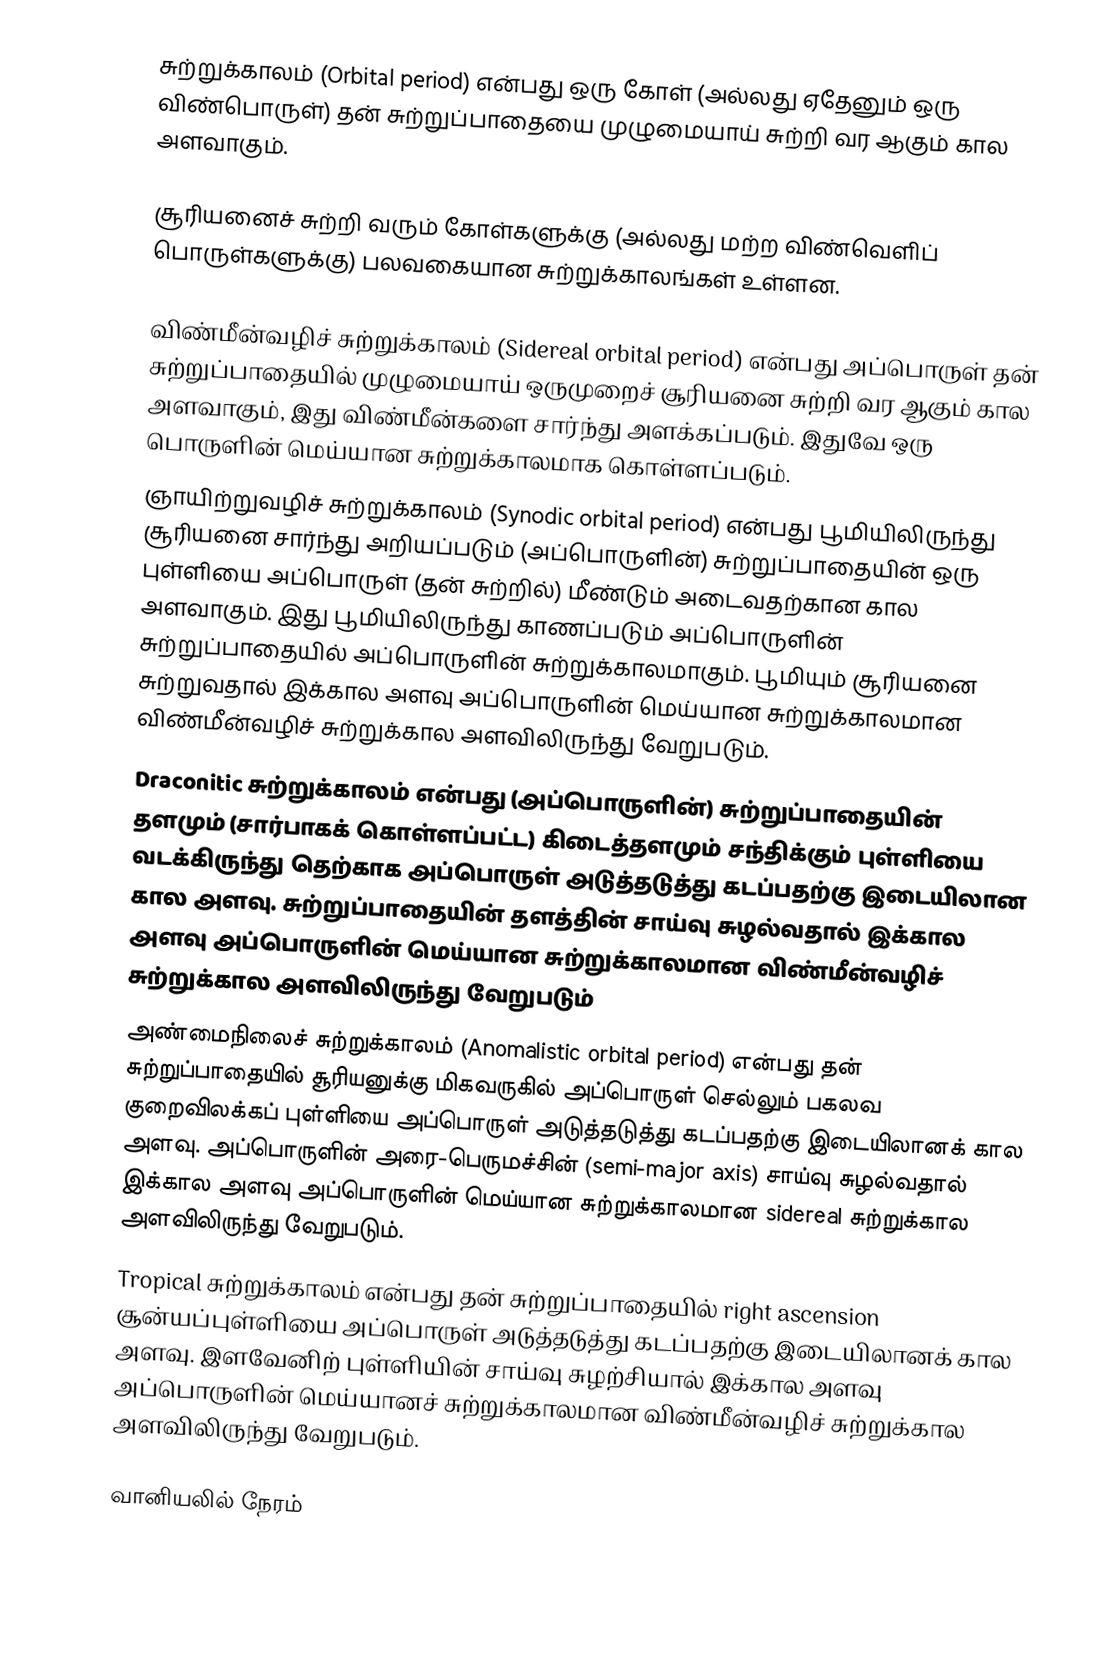
சுற்றுக்காலம் (Orbital period) என்பது ஒரு கோள் (அல்லது ஏதேனும் ஒரு விண்பொருள்) தன் சுற்றுப்பாதையை முழுமையாய் சுற்றி வர ஆகும் கால அளவாகும்.

சூரியனைச் சுற்றி வரும் கோள்களுக்கு (அல்லது மற்ற விண்வெளிப் பொருள்களுக்கு) பலவகையான சுற்றுக்காலங்கள் உள்ளன.

 விண்மீன்வழிச் சுற்றுக்காலம் (Sidereal orbital period) என்பது அப்பொருள் தன் சுற்றுப்பாதையில் முழுமையாய் ஒருமுறைச் சூரியனை சுற்றி வர ஆகும் கால அளவாகும், இது விண்மீன்களை சார்ந்து அளக்கப்படும். இதுவே ஒரு பொருளின் மெய்யான சுற்றுக்காலமாக கொள்ளப்படும்.
 ஞாயிற்றுவழிச் சுற்றுக்காலம் (Synodic orbital period) என்பது பூமியிலிருந்து சூரியனை சார்ந்து அறியப்படும் (அப்பொருளின்) சுற்றுப்பாதையின் ஒரு புள்ளியை அப்பொருள் (தன் சுற்றில்) மீண்டும் அடைவதற்கான கால அளவாகும். இது பூமியிலிருந்து காணப்படும் அப்பொருளின் சுற்றுப்பாதையில் அப்பொருளின் சுற்றுக்காலமாகும். பூமியும் சூரியனை சுற்றுவதால் இக்கால அளவு அப்பொருளின் மெய்யான சுற்றுக்காலமான விண்மீன்வழிச் சுற்றுக்கால அளவிலிருந்து வேறுபடும்.
 Draconitic சுற்றுக்காலம் என்பது (அப்பொருளின்) சுற்றுப்பாதையின் தளமும் (சார்பாகக் கொள்ளப்பட்ட) கிடைத்தளமும் சந்திக்கும் புள்ளியை வடக்கிருந்து தெற்காக அப்பொருள் அடுத்தடுத்து கடப்பதற்கு இடையிலான கால அளவு. சுற்றுப்பாதையின் தளத்தின் சாய்வு சுழல்வதால் இக்கால அளவு அப்பொருளின் மெய்யான சுற்றுக்காலமான விண்மீன்வழிச் சுற்றுக்கால அளவிலிருந்து வேறுபடும்
 அண்மைநிலைச் சுற்றுக்காலம் (Anomalistic orbital period) என்பது தன் சுற்றுப்பாதையில் சூரியனுக்கு மிகவருகில் அப்பொருள் செல்லும் பகலவ குறைவிலக்கப் புள்ளியை அப்பொருள் அடுத்தடுத்து கடப்பதற்கு இடையிலானக் கால அளவு. அப்பொருளின் அரை-பெருமச்சின் (semi-major axis) சாய்வு சுழல்வதால் இக்கால அளவு அப்பொருளின் மெய்யான சுற்றுக்காலமான sidereal சுற்றுக்கால அளவிலிருந்து வேறுபடும்.
 Tropical சுற்றுக்காலம் என்பது தன் சுற்றுப்பாதையில் right ascension சூன்யப்புள்ளியை அப்பொருள் அடுத்தடுத்து கடப்பதற்கு இடையிலானக் கால அளவு. இளவேனிற் புள்ளியின் சாய்வு சுழற்சியால் இக்கால அளவு அப்பொருளின் மெய்யானச் சுற்றுக்காலமான விண்மீன்வழிச் சுற்றுக்கால அளவிலிருந்து வேறுபடும்.

வானியலில் நேரம்